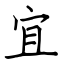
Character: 宜